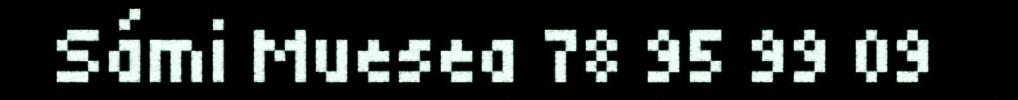
Sámi Muesea 78 95 99 09